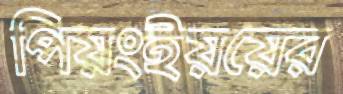
পিয়ংইয়য়ের